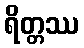
ရိတ္တဿ